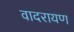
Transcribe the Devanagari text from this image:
वादरायण